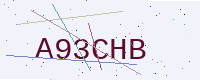
Text: A93CHB